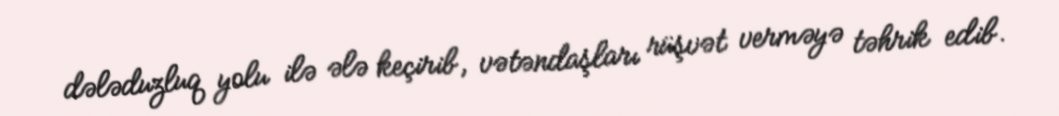
dələduzluq yolu ilə ələ keçirib, vətəndaşları rüşvət verməyə təhrik edib.